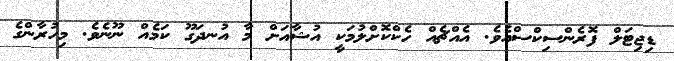
ޑިޖިޓަލް ފޮރެންސިކްސްއެވެ. އެއްޗެއް ހެކްކޮށްލުމަކީ އުޝާއަށް މާ އުނދަގޫ ކަމެއް ނޫނެވެ. މިހުރާންގެ